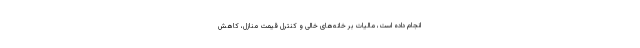
انجام داده است، مالیات بر خانه‌های خالی و کنترل قیمت منازل، کاهش